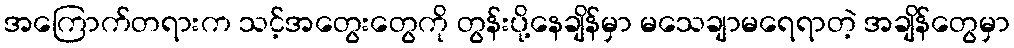
အကြောက်တရားက သင့်အတွေးတွေကို တွန်းပို့နေချိန်မှာ မသေချာမရေရာတဲ့ အချိန်တွေမှာ